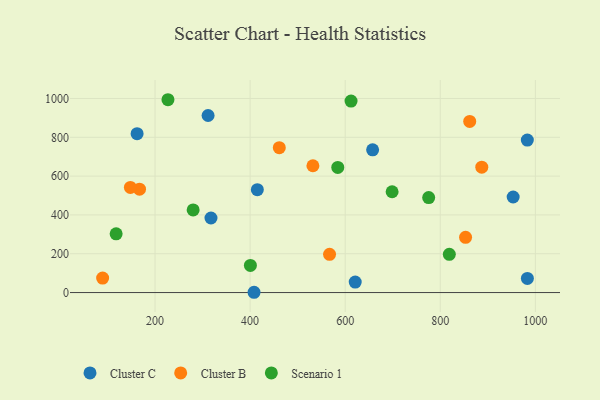
{"axis": {"x": "Speed", "y": "Profit"}, "legend": ["Cluster B", "Cluster C", "Scenario 1"], "data": [{"x": "162.3", "y": 818.4, "type": "Cluster C"}, {"x": "317.7", "y": 384.1, "type": "Cluster C"}, {"x": "408.3", "y": 1.4, "type": "Cluster C"}, {"x": "983.1", "y": 785.7, "type": "Cluster C"}, {"x": "657.7", "y": 735.3, "type": "Cluster C"}, {"x": "621.1", "y": 54.0, "type": "Cluster C"}, {"x": "311.6", "y": 912.3, "type": "Cluster C"}, {"x": "983.2", "y": 72.8, "type": "Cluster C"}, {"x": "415.2", "y": 530.1, "type": "Cluster C"}, {"x": "953.3", "y": 492.4, "type": "Cluster C"}, {"x": "567.1", "y": 197.2, "type": "Cluster B"}, {"x": "861.9", "y": 881.7, "type": "Cluster B"}, {"x": "853.2", "y": 284.6, "type": "Cluster B"}, {"x": "89.8", "y": 74.8, "type": "Cluster B"}, {"x": "887.3", "y": 646.0, "type": "Cluster B"}, {"x": "461.4", "y": 746.7, "type": "Cluster B"}, {"x": "167.4", "y": 532.5, "type": "Cluster B"}, {"x": "532.1", "y": 653.4, "type": "Cluster B"}, {"x": "148.2", "y": 541.7, "type": "Cluster B"}, {"x": "227.2", "y": 993.6, "type": "Scenario 1"}, {"x": "612.3", "y": 986.5, "type": "Scenario 1"}, {"x": "280.2", "y": 425.7, "type": "Scenario 1"}, {"x": "118.2", "y": 302.8, "type": "Scenario 1"}, {"x": "400.6", "y": 140.0, "type": "Scenario 1"}, {"x": "584.4", "y": 644.8, "type": "Scenario 1"}, {"x": "698.7", "y": 519.4, "type": "Scenario 1"}, {"x": "819.0", "y": 196.9, "type": "Scenario 1"}, {"x": "775.6", "y": 489.5, "type": "Scenario 1"}]}